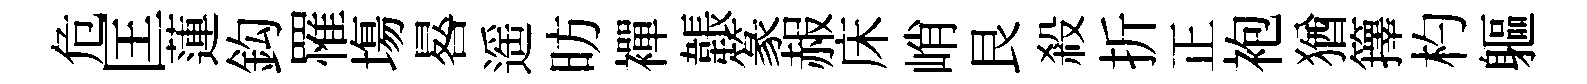
危匡蓮鈎罹塲晷遥昉襌韔篆赧床峭艮殺折正袍猶籜杓軀